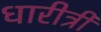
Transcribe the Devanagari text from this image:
धारीत्री